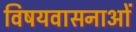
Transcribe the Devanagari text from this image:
विषयवासनाओं